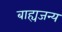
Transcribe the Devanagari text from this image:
बाह्यजन्य